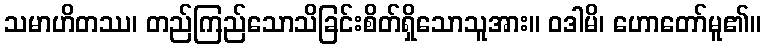
သမာဟိတဿ၊ တည်ကြည်သောသိခြင်းစိတ်ရှိသောသူအား။ ဝဒါမိ၊ ဟောတော်မူ၏။